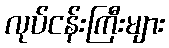
လုပ်ငန်းကြီးများ